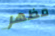
مظهر